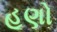
હૂણો